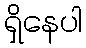
ရှိနေပါ